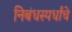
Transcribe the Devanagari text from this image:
निबंधस्पर्धांचे